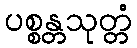
ပစ္စန္တသုတ္တံ